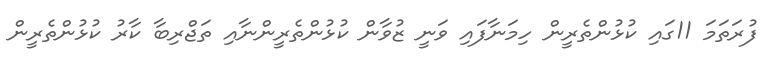
ފުރަތަމަ 11ގައި ކުޅުންތެރީން ހިމަނާފައި ވަނީ ޒުވާން ކުޅުންތެރީންނާއި ތަޖްރިބާ ކާރު ކުޅުންތެރީން